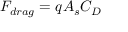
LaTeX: F _ { d r a g } = q A _ { s } C _ { D }